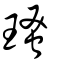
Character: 瑵